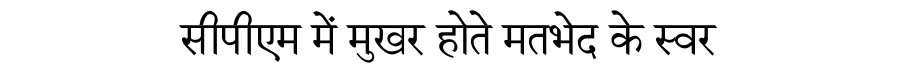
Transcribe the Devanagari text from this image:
सीपीएम में मुखर होते मतभेद के स्वर